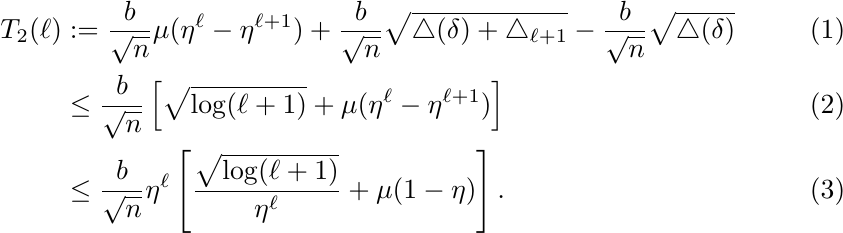
\begin{align}
T_2(\ell)&:=\frac{b}{\sqrt{n}}\mu(\eta^\ell-\eta^{\ell+1})
+\frac{b}{\sqrt{n}}\sqrt{\triangle(\delta) + \triangle_{\ell+1}}
-\frac{b}{\sqrt{n}}\sqrt{\triangle(\delta)}\\
&\le \frac{b}{\sqrt{n}}\left[
\sqrt{\log(\ell+1)} + \mu(\eta^\ell-\eta^{\ell+1})
\right]\\
&\le \frac{b}{\sqrt{n}}\eta^\ell\left[
\frac{\sqrt{\log(\ell+1)}}{\eta^\ell} + \mu(1-\eta)
\right].
\end{align}